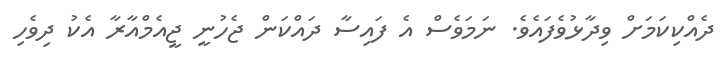
ދެއްކިކަމަށް ވިދާޅުވެފައެވެ. ނަަމަވެސް އެ ފައިސާ ދައްކަން ޖެހުނީ ޖީއެމްއާރާ އެކު ދިވެހި